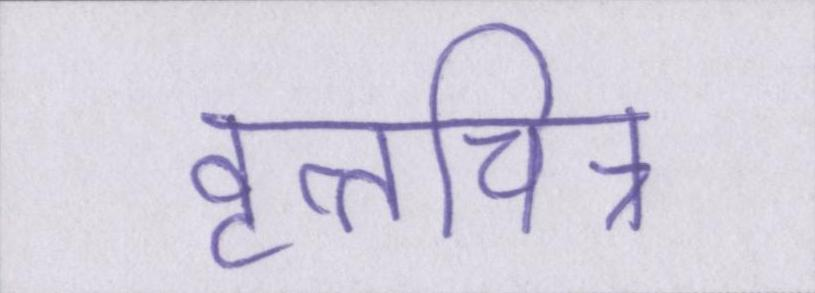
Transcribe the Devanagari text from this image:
वृत्तचित्र